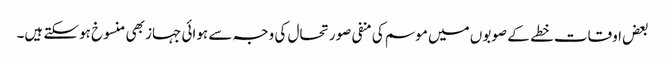
بعض اوقات خطے کے صوبوں میں موسم کی منفی صورتحال کی وجہ سے ہوائی جہاز بھی منسوخ ہوسکتے ہیں۔